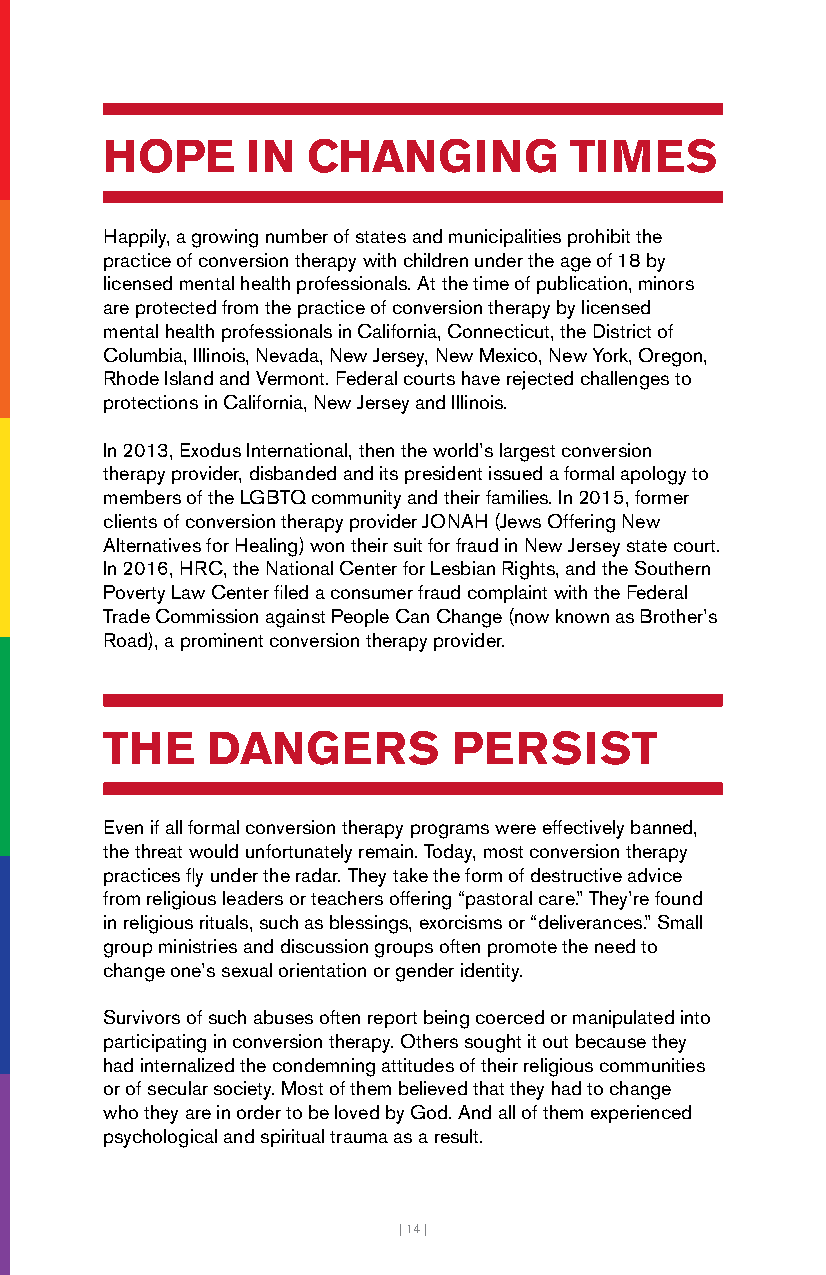
HOPE     IN  CHANGING          TIMES
 Happily, a growing number of states and municipalities prohibit the
 practice of conversion therapy with children under the age of 18 by
 licensed mental health professionals. At the time of publication, minors
 are protected from the practice of conversion therapy by licensed
 mental health professionals in California, Connecticut, the District of
 Columbia, Illinois, Nevada, New Jersey, New Mexico, New York, Oregon,
 Rhode Island and Vermont. Federal courts have rejected challenges to
 protections in California, New Jersey and Illinois.
 In 2013, Exodus International, then the world’s largest conversion
 therapy provider, disbanded and its president issued a formal apology to
 members of the LGBTQ community and their families. In 2015, former
 clients of conversion therapy provider JONAH (Jews Offering New
 Alternatives for Healing) won their suit for fraud in New Jersey state court.
 In 2016, HRC, the National Center for Lesbian Rights, and the Southern
 Poverty Law Center filed a consumer fraud complaint with the Federal
 Trade Commission against People Can Change (now known as Brother’s
 Road), a prominent conversion therapy provider.
 THE    DANGERS         PERSIST
 Even if all formal conversion therapy programs were effectively banned,
 the threat would unfortunately remain. Today, most conversion therapy
 practices fly under the radar. They take the form of destructive advice
 from religious leaders or teachers offering “pastoral care.” They’re found
 in religious rituals, such as blessings, exorcisms or “deliverances.” Small
 group ministries and discussion groups often promote the need to
 change one’s sexual orientation or gender identity.
 Survivors of such abuses often report being coerced or manipulated into
 participating in conversion therapy. Others sought it out because they
 had internalized the condemning attitudes of their religious communities
 or of secular society. Most of them believed that they had to change
 who they are in order to be loved by God. And all of them experienced
 psychological and spiritual trauma as a result.
 | 14 |